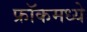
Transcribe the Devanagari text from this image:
फ्रॉकमध्ये